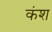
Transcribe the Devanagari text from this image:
कंश